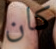
كان